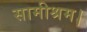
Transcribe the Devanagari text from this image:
सामीश्रम।